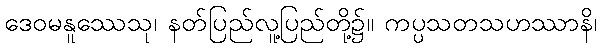
ဒေဝမနူဿေသု၊ နတ်ပြည်လူ့ပြည်တို့၌။ ကပ္ပသတသဟဿာနိ၊